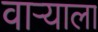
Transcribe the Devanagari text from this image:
वाऱ्याला